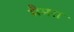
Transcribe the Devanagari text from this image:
मैमरा